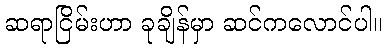
ဆရာငြိမ်းဟာ ခုချိန်မှာ ဆင်ကလောင်ပါ။